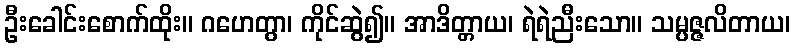
ဦးခေါင်းစောက်ထိုး။ ဂဟေတွာ၊ ကိုင်ဆွဲ၍။ အာဒိတ္တာယ၊ ရဲရဲညီးသော။ သမ္ပဇ္ဇလိတာယ၊